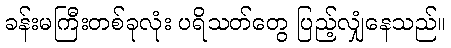
ခန်းမကြီးတစ်ခုလုံး ပရိသတ်တွေ ပြည့်လျှံနေသည်။